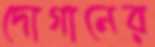
দোগানের